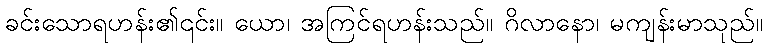
ခင်းသောရဟန်း၏၎င်း။ ယော၊ အကြင်ရဟန်းသည်။ ဂိလာနော၊ မကျန်းမာသုည်။